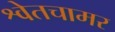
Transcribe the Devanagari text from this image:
श्वेतचामर